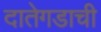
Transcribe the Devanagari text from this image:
दातेगडाची